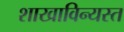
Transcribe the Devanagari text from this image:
शाखाविन्यस्त